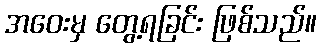
အဝေးမှ တွေ့ရခြင်း ဖြစ်သည်။